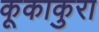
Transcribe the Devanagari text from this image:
कूकाकुरा